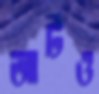
আর্টও